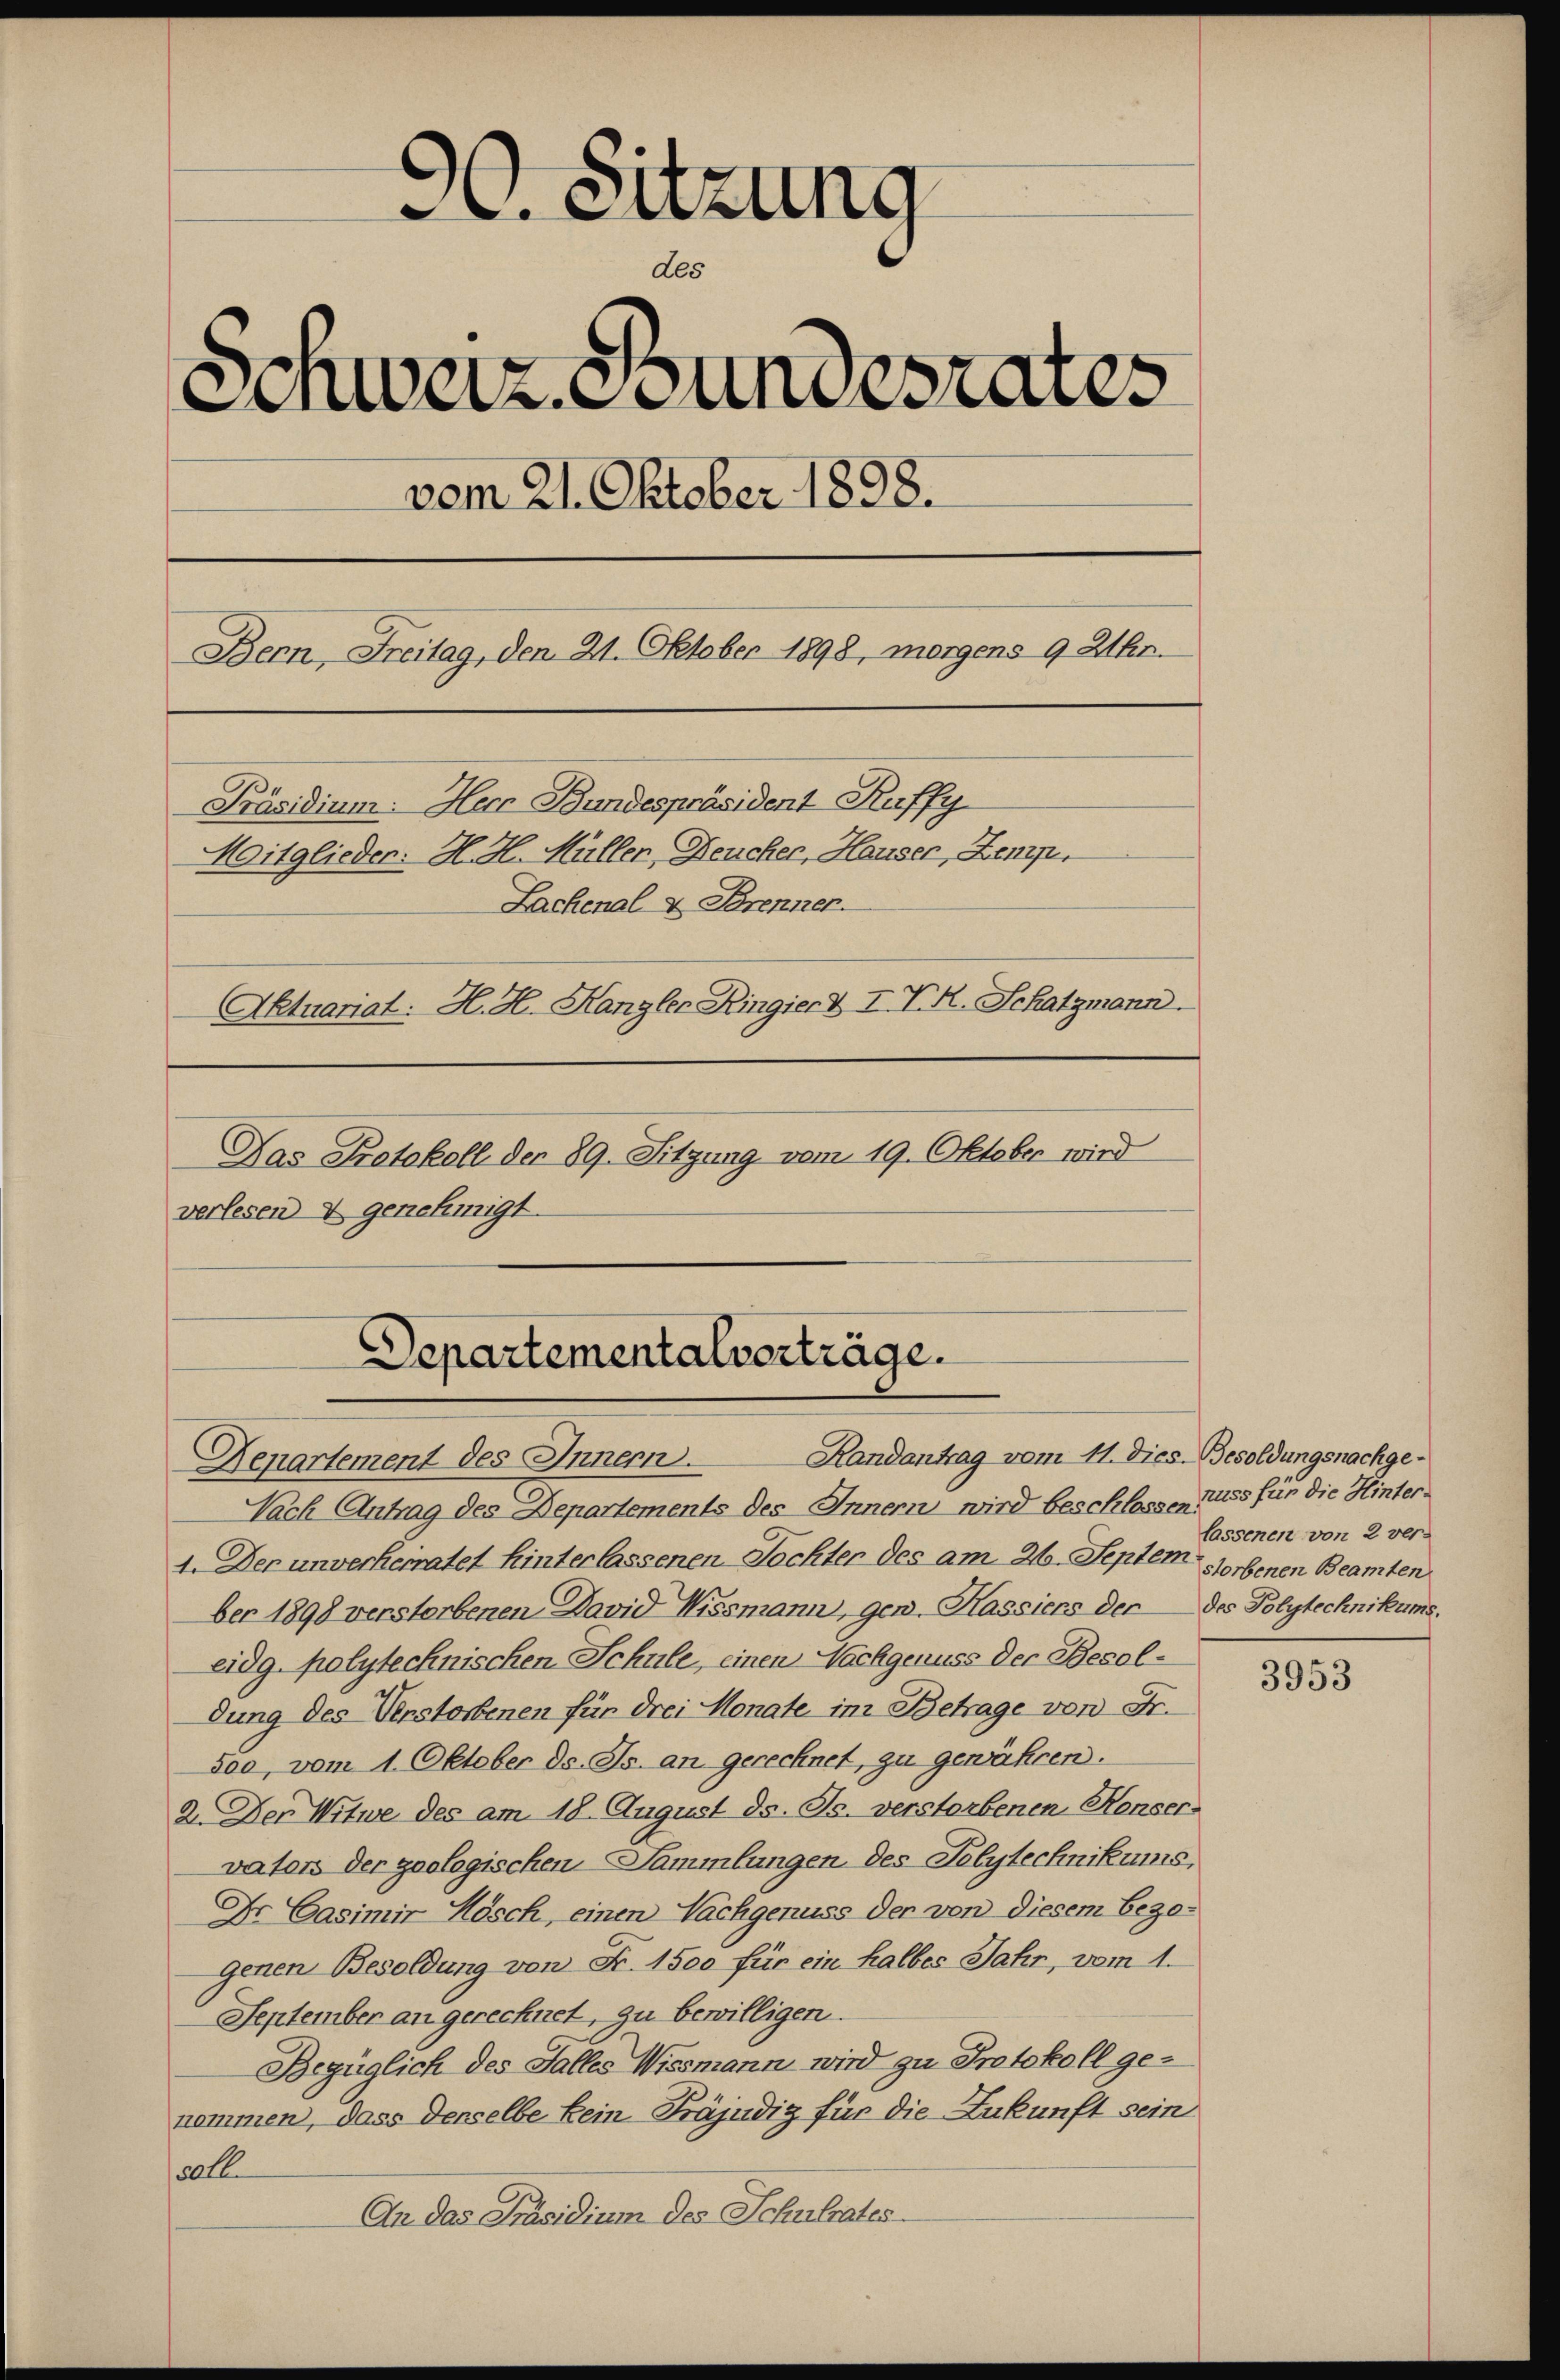
. Sitzung
des
Senweiz. Coundesrates
vom 21. Oktober 1898.
Bern, Freitag, den 21. Oktober 1898, morgens 9 Allen.
Präsidium. Herr Bundespräsident Ruffy
Mitglieder: H. H. Müller, Deucher, Hauser, Zemp.
Lachenal & Brenner
Aktuariat: H. H. Hangler Ringiert I. V. R. Schatzmann.
Das Protokoll der 89. Sitzung vom 19. Oktober wird
verlesen & genehmigt.

Randantrag vom 11. Dies Besoldungsnachge¬
Departement des Innern.
Nach Antrag des Departements des Innern wird beschlossen muss für die Hinter¬
4. Der unverherratet hinterlassenen Tochter des am 26. Septem obenen Beamten
ber 1898 verstorbenen David Wissmann, gen. Kassiers der des Polytechnikums.
eidg. polytechnischen Schule, einen Nachgenuss der Besoldung des Verstorbenen für drei Monate im Betrage von Fr.
sod, vom 1. Oktober ds. Js. an gerechnet, zu gewähren.
2. Der Witwe des am 18. August ds. Js. verstorbenen Henser-
vator der geologischen Sammlungen. Des Polytechnikums,
Dr Casimir Hösch, einen Nachgenuss der von diesem bezogenen Besoldung von Fr. 1500 für ein halbes Jahr, vom 1.
September an gerechnet, zu bewilligen.
Bezüglich des Falles Wissmann wird zu Protokoll genommen, dass denselbe kein Präjudiz für die Zukunft sein
50 fl.
An das Präsidium des Schulrates

Departementalverträge.

lassenen von 2 ver-

3953